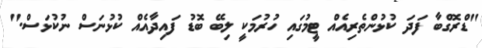
"ޑްރޮގްބާ ފަދަ ކުޅުންތެރިއެއް ޓީމުގައި ހުރުމަކީ ލިބޭ ބޮޑު ފައިދާއެއް ކުޅުނަސް ނުކުޅަސް."